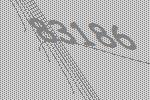
83186